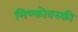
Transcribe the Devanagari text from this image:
मिण्कोवस्की